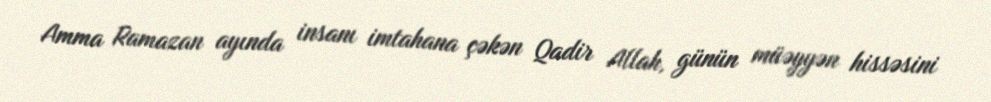
Amma Ramazan ayında insanı imtahana çəkən Qadir Allah, günün müəyyən hissəsini